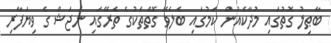
ބާޠިލު ގޮތުގައި މުދާކެއުން ކަމުގައި ބެލެވޭ ގޮތްތަކުގެ ތެރޭގައި ނަޖަޝް ގެ ވިޔަފާރި